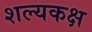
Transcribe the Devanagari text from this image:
शल्यकक्ष